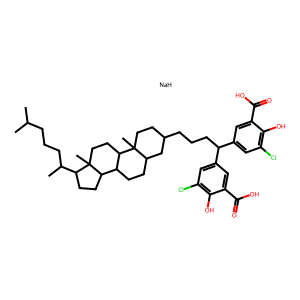
SMILES: CC(C)CCCC(C)C1CCC2C3CCC4CC(CCCC(c5cc(Cl)c(O)c(C(=O)O)c5)c5cc(Cl)c(O)c(C(=O)O)c5)CCC4(C)C3CCC12C.[NaH]
Inhibits HIV replication: Yes